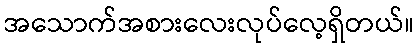
အသောက်အစားလေးလုပ်လေ့ရှိတယ်။